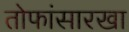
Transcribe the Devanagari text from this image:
तोफांसारखा